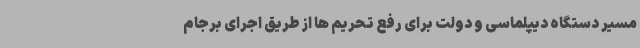
مسیر دستگاه دیپلماسی و دولت برای رفع تحریم ها از طریق اجرای برجام